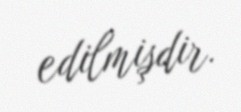
edilmişdir.